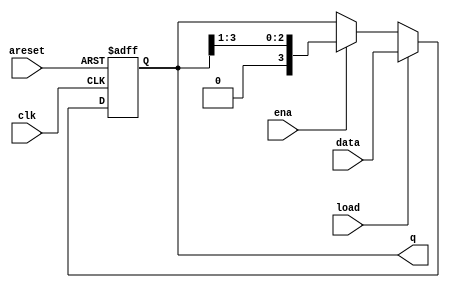
module top_module(
    input clk,
    input areset,  //0
    input load,
    input ena,
    input [3:0] data,
    output reg [3:0] q); 
//Write your code here
always @(posedge clk or posedge areset) begin
    if (areset) begin
        q <= 4'b0000;
    end else if (load) begin
        q <= data;
    end else if (ena) begin
        q <= {1'b0, q[3:1]};
    end
end
endmodule